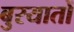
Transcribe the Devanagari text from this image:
बुरयातों